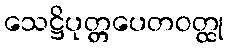
သေဋ္ဌိပုတ္တပေတဝတ္ထု